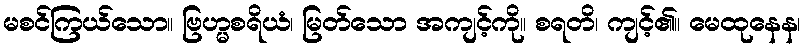
မစင်ကြယ်သော။ ဗြဟ္မစရိယံ၊ မြတ်သော အကျင့်ကို။ စရတိ၊ ကျင့်၏။ မေထုနေန၊